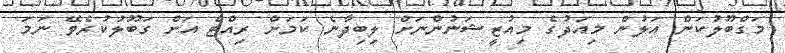
މަގްބޫލުކަން އަލުން މިއަދުގެ މިއުޒީޝަނުންނަށް ލިބިދާނެ ކަމަށް ރިއްޓެ އަށް ގަބޫލުކުރެވޭ ނަމަ